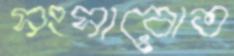
সংসারোত